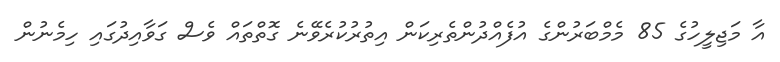
އާ މަޖިލީހުގެ 85 މެމްބަރުންގެ އުފެއްދުންތެރިކަން އިތުރުކުރެވޭނެ ގޮތްތައް ވެސް ގަވާއިދުގައި ހިމެނުން